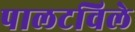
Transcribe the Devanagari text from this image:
पालटविले